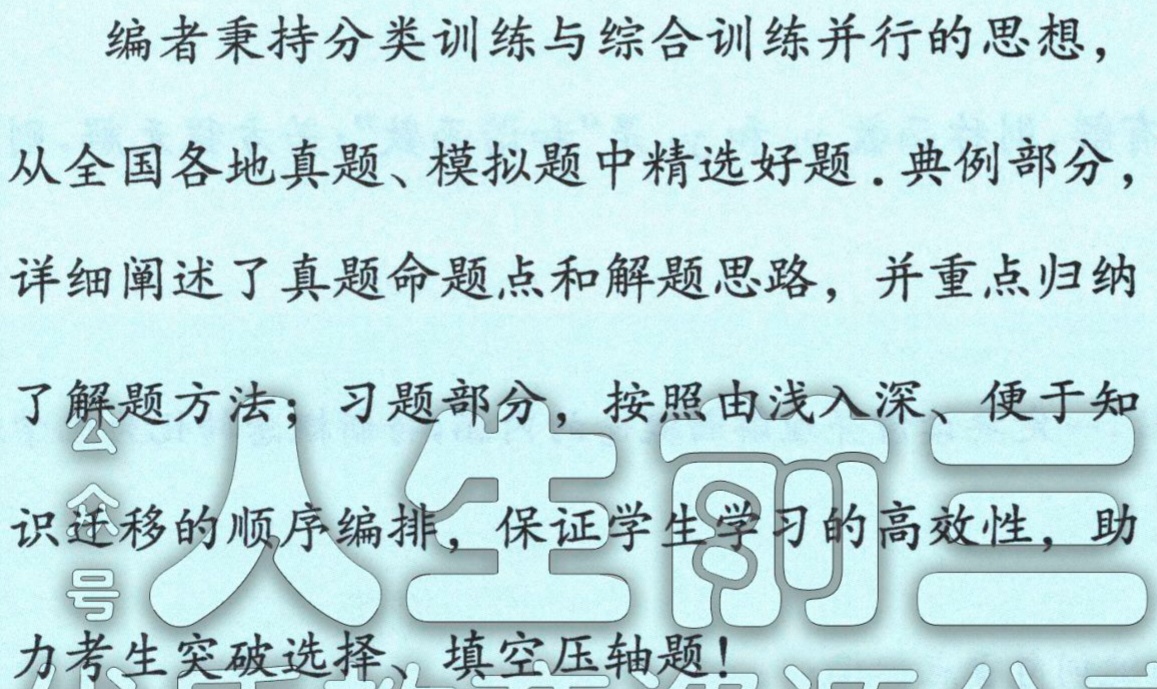
编者秉持分类训练与综合训练并行的思想，

从全国各地真题、模拟题中精选好题. 典例部分，

详细阐述了真题命题点和解题思路，并重点归纳

了解题方法；习题部分，按照由浅入深、便于知

识迁移的顺序编排，保证学生学习的高效性，助

力考生突破选择、填空压轴题！